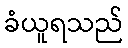
ခံယူရသည်